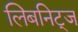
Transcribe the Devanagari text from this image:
लिबनिट्ज